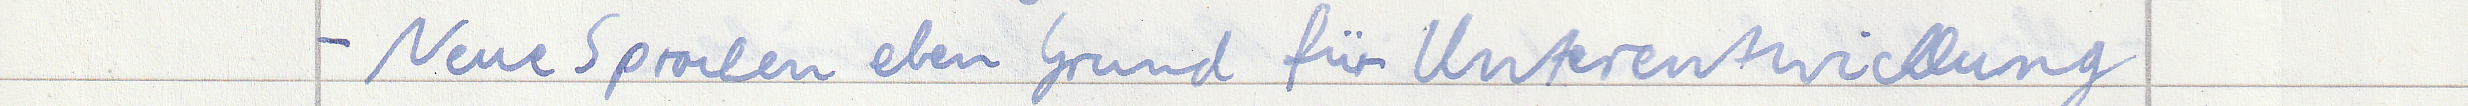
- Neue Sprachen eben Grund für Unterentwicklung